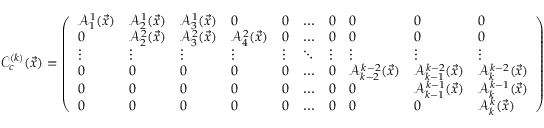
\mathcal C _ { c } ^ { ( k ) } ( \vec { x } ) = \left( \begin{array} { l l l l l l l l l l } { \mathcal A _ { 1 } ^ { 1 } ( \vec { x } ) } & { \mathcal A _ { 2 } ^ { 1 } ( \vec { x } ) } & { \mathcal A _ { 3 } ^ { 1 } ( \vec { x } ) } & { 0 } & { 0 } & { \ldots } & { 0 } & { 0 } & { 0 } & { 0 } \\ { 0 } & { \mathcal A _ { 2 } ^ { 2 } ( \vec { x } ) } & { \mathcal A _ { 3 } ^ { 2 } ( \vec { x } ) } & { \mathcal A _ { 4 } ^ { 2 } ( \vec { x } ) } & { 0 } & { \ldots } & { 0 } & { 0 } & { 0 } & { 0 } \\ { \vdots } & { \vdots } & { \vdots } & { \vdots } & { \vdots } & { \ddots } & { \vdots } & { \vdots } & { \vdots } & { \vdots } \\ { 0 } & { 0 } & { 0 } & { 0 } & { 0 } & { \ldots } & { 0 } & { \mathcal A _ { k - 2 } ^ { k - 2 } ( \vec { x } ) } & { \mathcal A _ { k - 1 } ^ { k - 2 } ( \vec { x } ) } & { \mathcal A _ { k } ^ { k - 2 } ( \vec { x } ) } \\ { 0 } & { 0 } & { 0 } & { 0 } & { 0 } & { \ldots } & { 0 } & { 0 } & { \mathcal A _ { k - 1 } ^ { k - 1 } ( \vec { x } ) } & { \mathcal A _ { k } ^ { k - 1 } ( \vec { x } ) } \\ { 0 } & { 0 } & { 0 } & { 0 } & { 0 } & { \ldots } & { 0 } & { 0 } & { 0 } & { \mathcal A _ { k } ^ { k } ( \vec { x } ) } \end{array} \right)